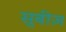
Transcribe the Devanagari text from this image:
सुबीज़